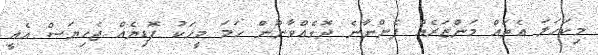
މިކަހަލަ އެތައް މަންޒަރެއް ފެންނާނެ ދޮގެއްވާނޫން ހަމަ މީހަކު ފޮޑިޔެއް ޖެހިޔަސް އެއީ